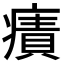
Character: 𤹠